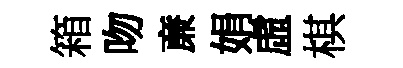
箱吻亷娟虛棋